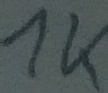
Text: 1K